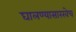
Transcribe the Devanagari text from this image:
घालण्यासारखेच